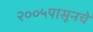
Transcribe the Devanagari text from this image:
२००५पासूनचे